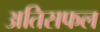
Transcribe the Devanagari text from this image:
अतिसफल